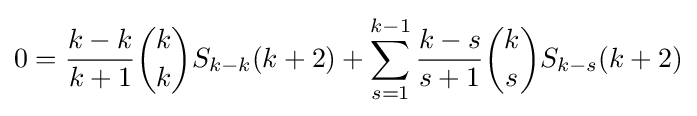
0={\frac {k-k}{k+1}}{\binom {k}{k}}S_{k-k}(k+2)+\sum _{s=1}^{k-1}{\frac {k-s}{s+1}}{\binom {k}{s}}S_{k-s}(k+2)